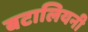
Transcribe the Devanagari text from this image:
बटालियनी